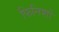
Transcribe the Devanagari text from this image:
फिनिशों